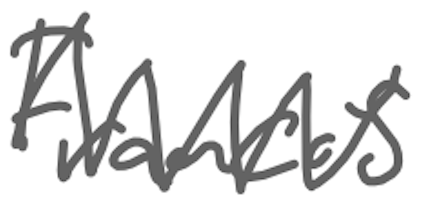
Text: Francis
Cross-out: zig-zag
Writing tool: digital_gray